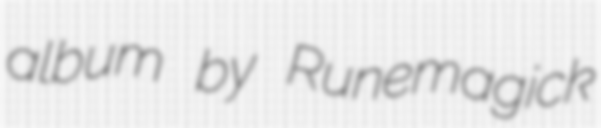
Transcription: album by Runemagick